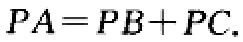
\(PA = PB + PC.\)